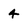
Character: 4